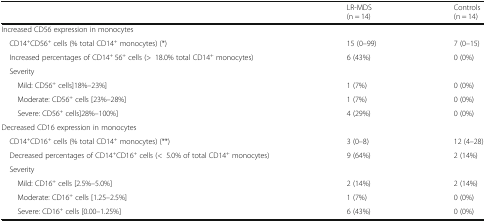
<table><thead><tr><td></td><td><b>LR-MDS(n = 14)</b></td><td><b>Controls(n = 14)</b></td></tr></thead><tbody><tr><td colspan="3">Increased CD56 expression in monocytes</td></tr><tr><td> CD14<sup>+</sup>CD56<sup>+</sup> cells (% total CD14<sup>+</sup> monocytes) (*)</td><td>15 (0–99)</td><td>7 (0–15)</td></tr><tr><td> Increased percentages of CD14<sup>+</sup> 56<sup>+</sup> cells (&gt;18.0% total CD14<sup>+</sup> monocytes)</td><td>6 (43%)</td><td>0 (0%)</td></tr><tr><td colspan="3"> Severity</td></tr><tr><td>Mild: CD56<sup>+</sup> cells]18%–23%]</td><td>1 (7%)</td><td>0 (0%)</td></tr><tr><td>Moderate: CD56<sup>+</sup> cells [23%–28%]</td><td>1 (7%)</td><td>0 (0%)</td></tr><tr><td>Severe: CD56<sup>+</sup> cells]28%–100%]</td><td>4 (29%)</td><td>0 (0%)</td></tr><tr><td colspan="3">Decreased CD16 expression in monocytes</td></tr><tr><td> CD14<sup>+</sup>CD16<sup>+</sup> cells (% total CD14<sup>+</sup> monocytes) (**)</td><td>3 (0–8)</td><td>12 (4–28)</td></tr><tr><td> Decreased percentages of CD14<sup>+</sup>CD16<sup>+</sup> cells (&lt;5.0% of total CD14<sup>+</sup> monocytes)</td><td>9 (64%)</td><td>2 (14%)</td></tr><tr><td colspan="3"> Severity</td></tr><tr><td>Mild: CD16<sup>+</sup> cells [2.5%–5.0%]</td><td>2 (14%)</td><td>2 (14%)</td></tr><tr><td>Moderate: CD16<sup>+</sup> cells [1.25–2.5%]</td><td>1 (7%)</td><td>0 (0%)</td></tr><tr><td>Severe: CD16<sup>+</sup> cells [0.00–1.25%]</td><td>6 (43%)</td><td>0 (0%)</td></tr></tbody></table>